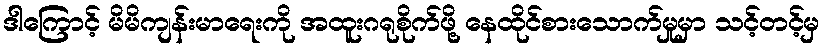
ဒါကြောင့် မိမိကျန်းမာရေးကို အထူးဂရုစိုက်ဖို့ နေထိုင်စားသောက်မှုမှာ သင့်တင့်မှ